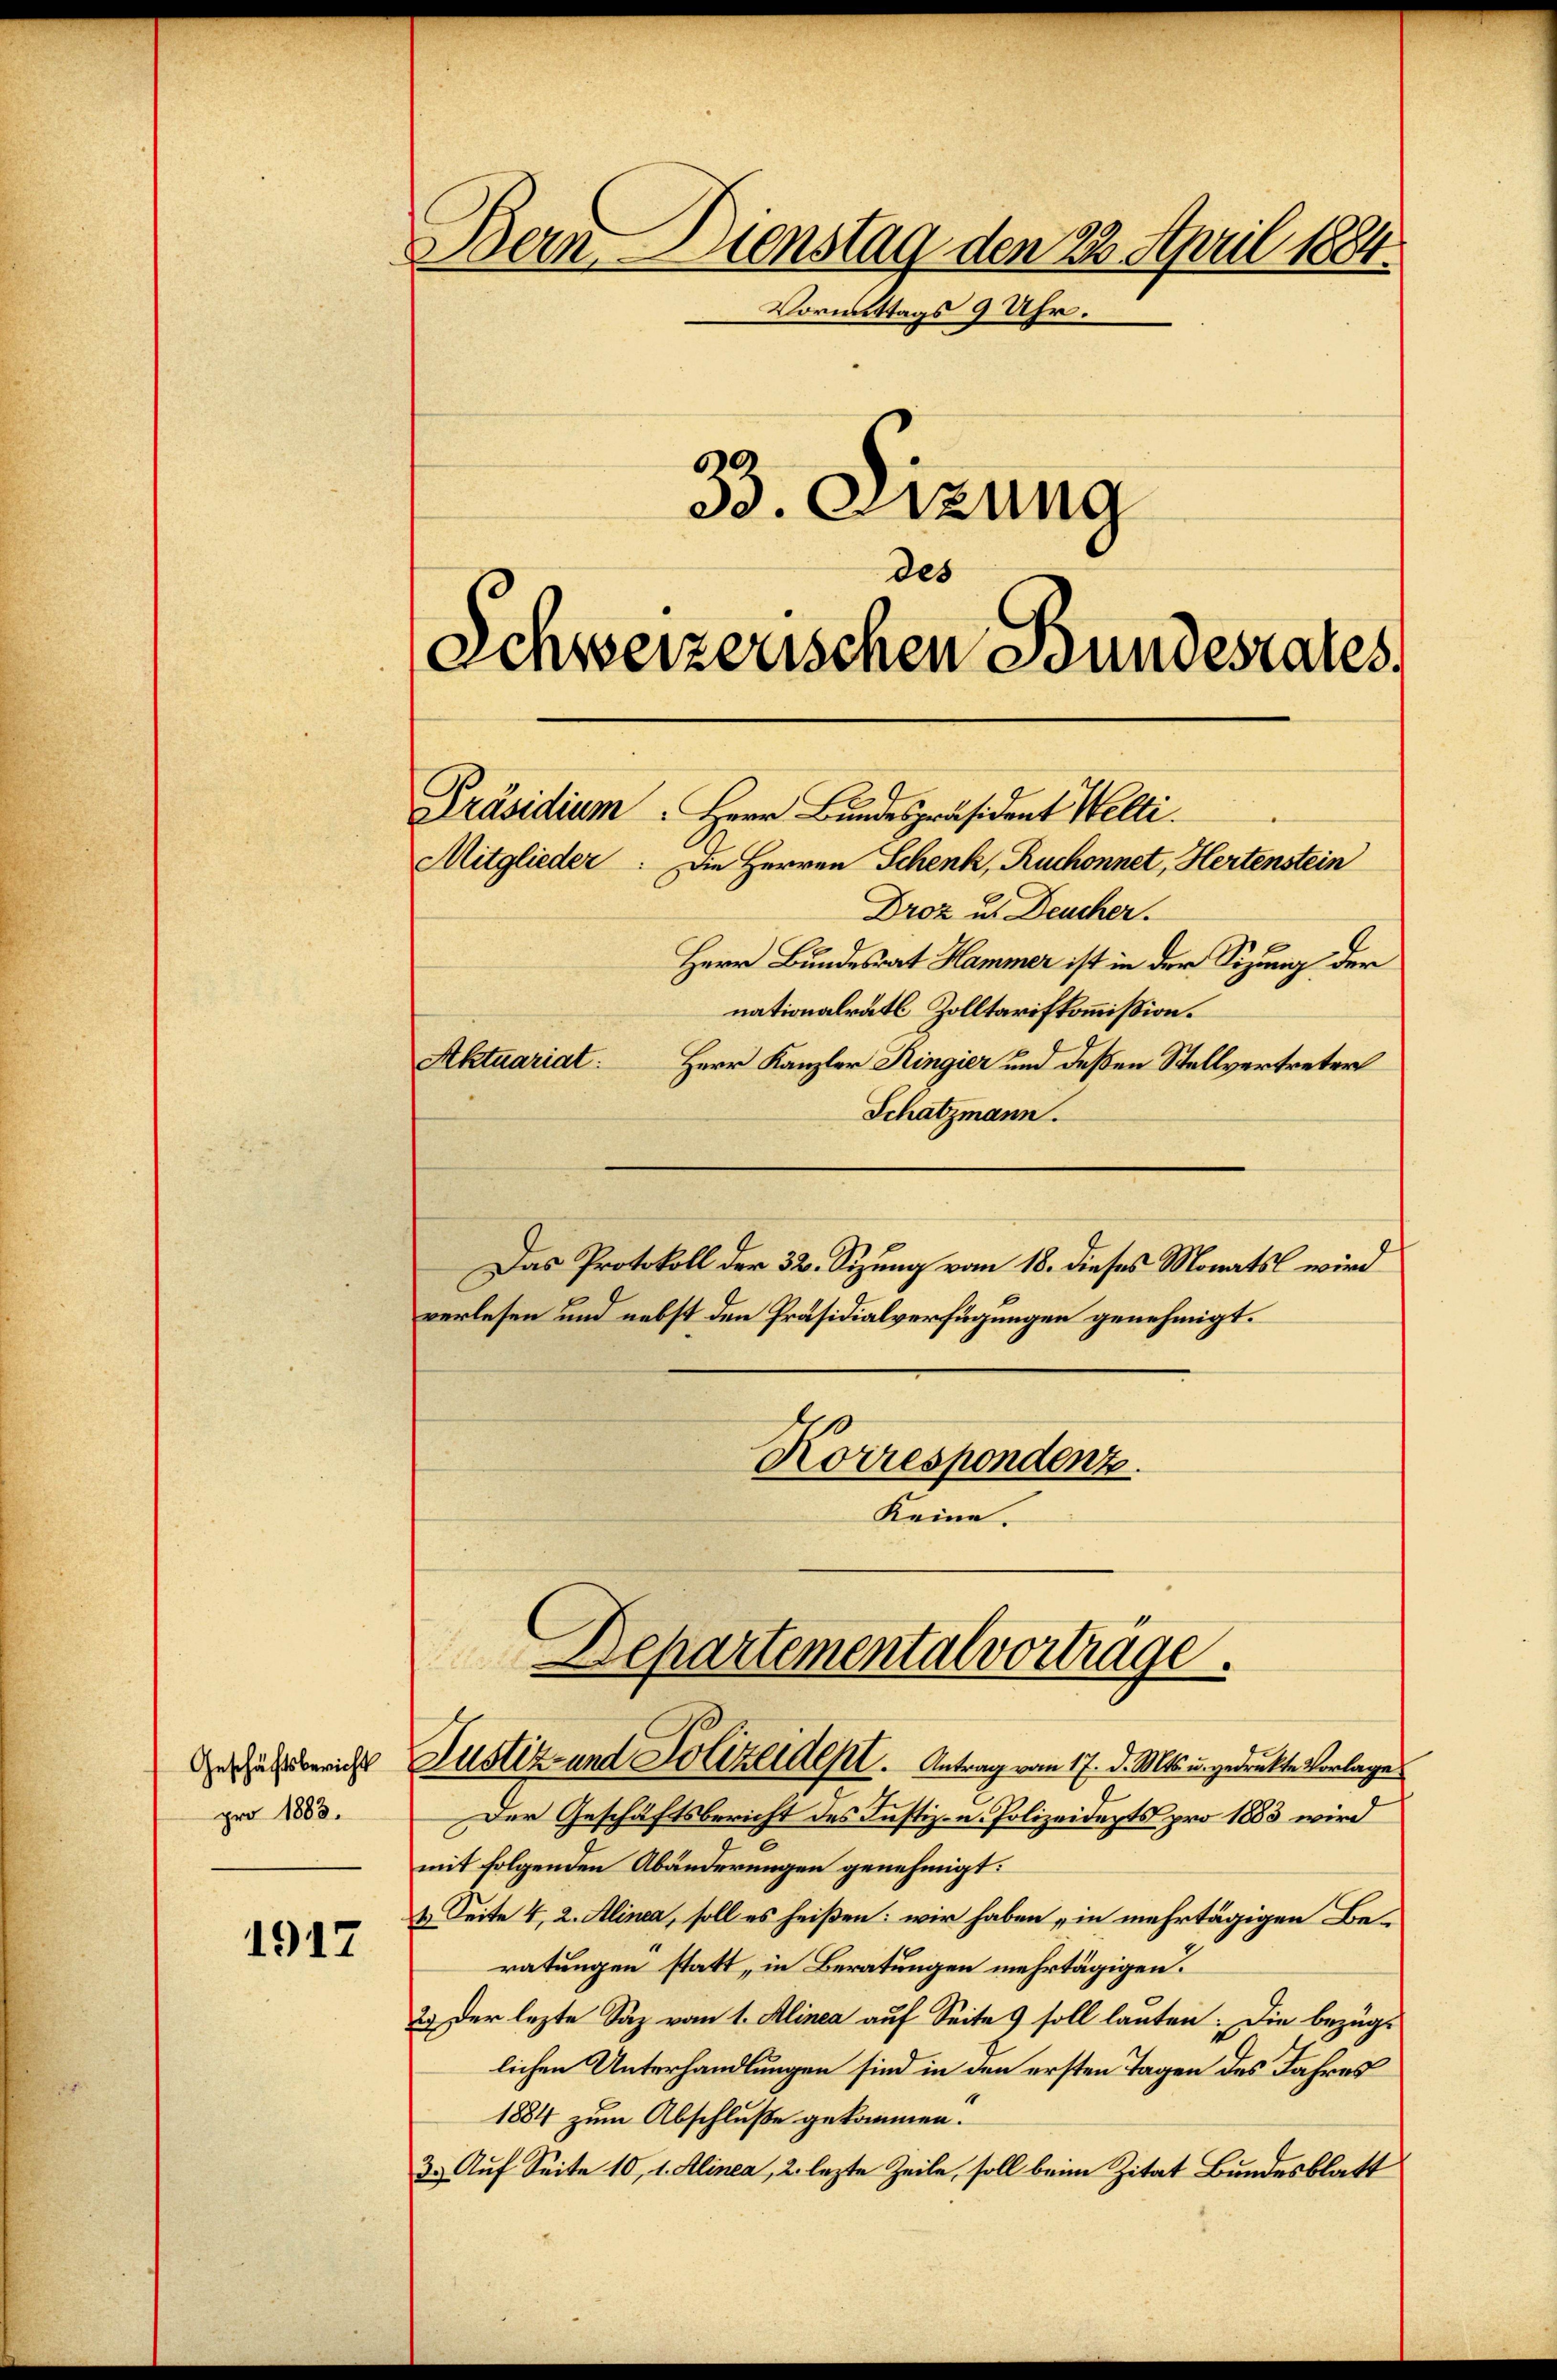
Geschäftsbericht
pro 1883.

1917

Bern. Dienstag den 22. April 1884.
Vormittags 9 Uhr.
33. Setzung
des
Schweizerischen Bundesrates

Präsidium. Herr Bundespräsident Welti.
Mitglieder. Die Herren Schenk, Ruchonnet, Hertenstein

Droz u. Deucher.
Herr Bundesrat Hammer ist in der Sizung der
nationalrath Zolltarifkommißion.
Aktuariat: Herr Kanzler Ringier und deßen Stellvertreter
Schatzmann.
Das Protokoll der 32. Sizung vom 18. dieses Monatsl wird
verlesen und nebst den Präsidialverfügungen genehmigt.
Korrespondenz.
Keine.

Departemental vorträge.
Justiz- und Polizeident. Antrag vom 17. d. Mts. u. gedrukte Vorlage

Der Geschäftsbericht des Justiz- u. Polizeidepts pro 1883 wird
mit folgenden Abänderungen genehmigt:
& Seite 4, 2. Alinea, soll es heißen: wir haben „in mehrtägigen Beratungen statt, in Beratungen mehrtägigen.
2.) Der lezte Saz vom 1. Alinea auf Seite 9 soll lauten: Die bezüglichen Unterhandlungen sind in den ersten Tagen des Jahres
1884 zum Abschluße gekommen.
3. Auf Seite 10, 1. Alinea, 2. lezte Zeile, soll beim Zitat Bundesblatt